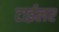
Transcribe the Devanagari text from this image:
टाईलर